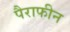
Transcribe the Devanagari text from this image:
पैराफीन